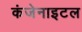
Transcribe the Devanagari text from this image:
कंजेनाइटल